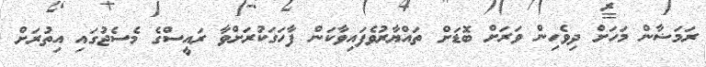
ރަމަޟާން މަހަށް ދިވެހިން ވަރަށް ބޮޑަށް ތައްޔާރުވެފައިވާކަން ފާހަގަކުރަށްވާ ރައީސްގެ މެސެޖުގައި އިތުރަށް